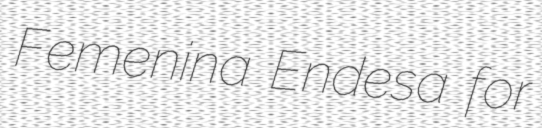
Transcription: Femenina Endesa for